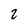
Character: 2